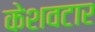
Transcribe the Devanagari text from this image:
केशवटार